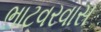
ભાટવરવાસ